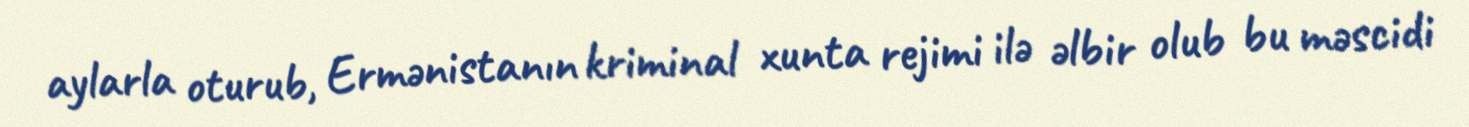
aylarla oturub, Ermənistanın kriminal xunta rejimi ilə əlbir olub bu məscidi